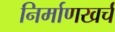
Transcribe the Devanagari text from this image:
निर्माणखर्च